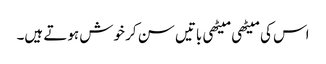
اس کی میٹھی میٹھی باتیں سن کر خوش ہوتے ہیں۔